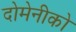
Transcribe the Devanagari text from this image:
दोमेनीको